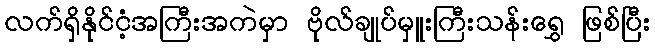
လက်ရှိနိုင်ငံ့အကြီးအကဲမှာ ဗိုလ်ချုပ်မှူးကြီးသန်းရွှေ ဖြစ်ပြီး